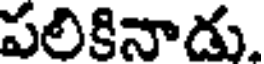
పలికినాడు.